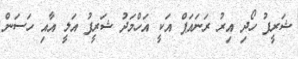
ޝަރީފު ހޯދި އިރު ރަނައަޕް އަކީ އަހްމަދު ޝަރީފު އަލީ އާއި ހަސަން